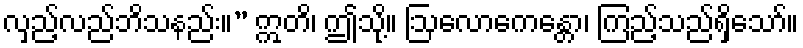
လှည့်လည်ဘိသနည်း။” ဣတိ၊ ဤသို့။ ဩလောကေန္တော၊ ကြည့်သည်ရှိသော်။